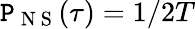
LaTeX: \mathtt{P}_{\mathrm{{~N~S~}}}(\tau)=1/2T